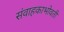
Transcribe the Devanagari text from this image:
संवाहकाभोवती